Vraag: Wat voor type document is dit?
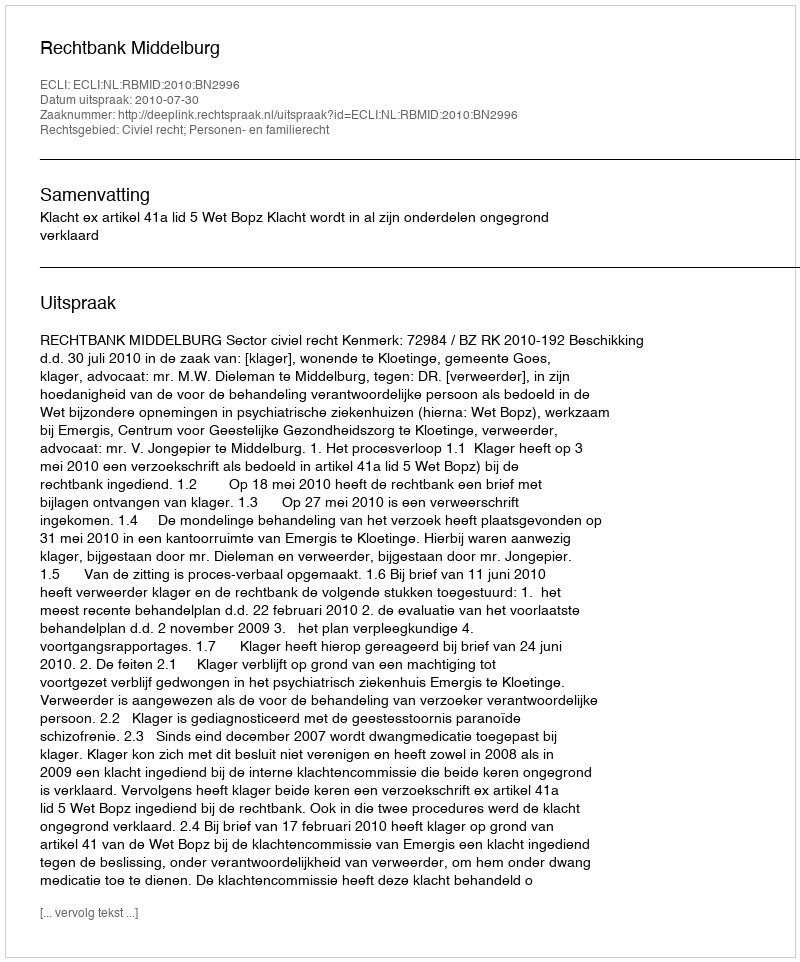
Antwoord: Uitspraak